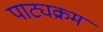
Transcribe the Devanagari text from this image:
पाट्यक्रम